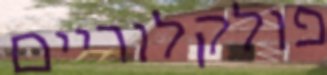
פולקלוריים